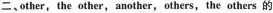
二、other,the other,another,others,the others 的